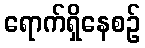
ရောက်ရှိနေစဉ်